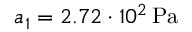
a _ { 1 } = 2 . 7 2 \cdot 1 0 ^ { 2 } \, \mathrm { P a }